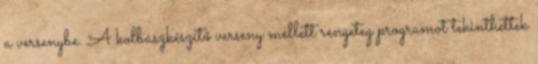
a versenybe. A kolbászkészítő verseny mellett rengeteg programot tekinthettek